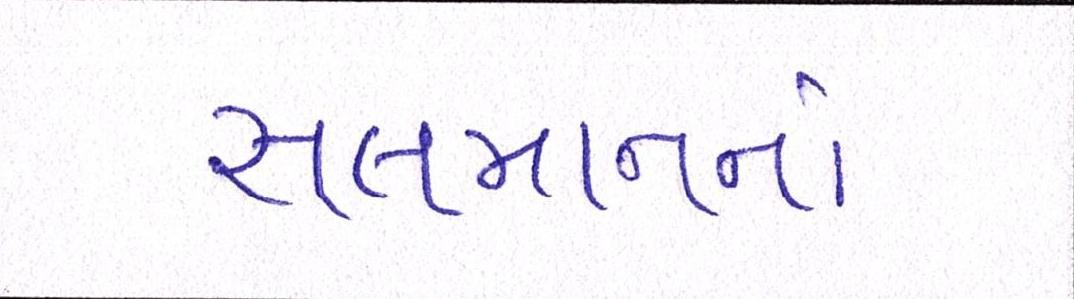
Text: સલમાનનાં